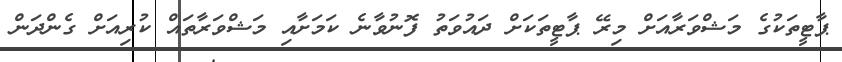
ޕާޓީތަކުގެ މަޝްވަރާއަށް މިރޭ ޕާޓީތަކަށް ދައުވަތު ފޮނުވާނެ ކަމަށާއި މަޝްވަރާތައް ކުރިއަށް ގެންދަން